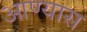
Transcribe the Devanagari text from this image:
आण्यास